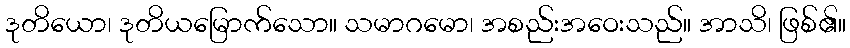
ဒုတိယော၊ ဒုတိယမြောက်သော။ သမာဂမော၊ အစည်းအဝေးသည်။ အာသိ၊ ဖြစ်၏။